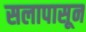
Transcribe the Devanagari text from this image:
सलापासून